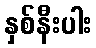
နှစ်နီးပါး